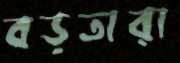
বড়তারা